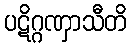
ပဋိဂ္ဂဏှာသီတိ